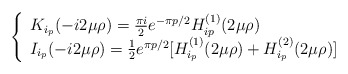
\begin{align*}\left\{ \begin{array}{ll} K_{i_p} (- i 2\mu\rho) = \frac{\pi i}{2} e^{- \pi p/2} H^{(1)}_{ip}(2 \mu \rho) &\\I_{i_p}( - i 2 \mu\rho) = \frac{1}{2} e^{\pi p/2}[H^{(1)}_{i_p}(2 \mu \rho) +H^{(2)}_{i_p}(2 \mu \rho)] \end{array} \right.\end{align*}